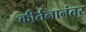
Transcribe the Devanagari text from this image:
कीर्तनानंतर